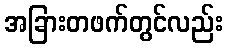
အခြားတဖက်တွင်လည်း